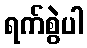
ရက်စွဲပါ